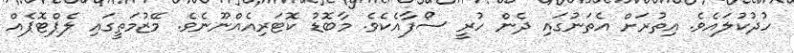
ހުދުކުލައެވެ. އިތުރަށް އެތަނުގައި ދެން ހުރީ ސޯފާއެކެވެ. މާބޮޑު ކޮޓަރިއެއްނޫނެވެ. މޭޒުމަތީގައި ލެޕްޓޮޕެއް